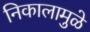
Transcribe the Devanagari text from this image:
निकालामुळे